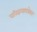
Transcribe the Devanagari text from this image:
परिश्रमाबरोबर